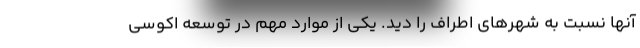
آنها نسبت به شهرهای اطراف را دید. یکی از موارد مهم در توسعه اکوسی